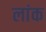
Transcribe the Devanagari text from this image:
लांक